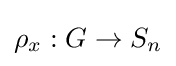
\rho _{x}:G\to S_{n}